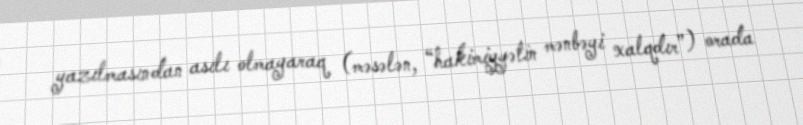
yazılmasından asılı olmayaraq (məsələn, “hakimiyyətin mənbəyi xalqdır”) orada